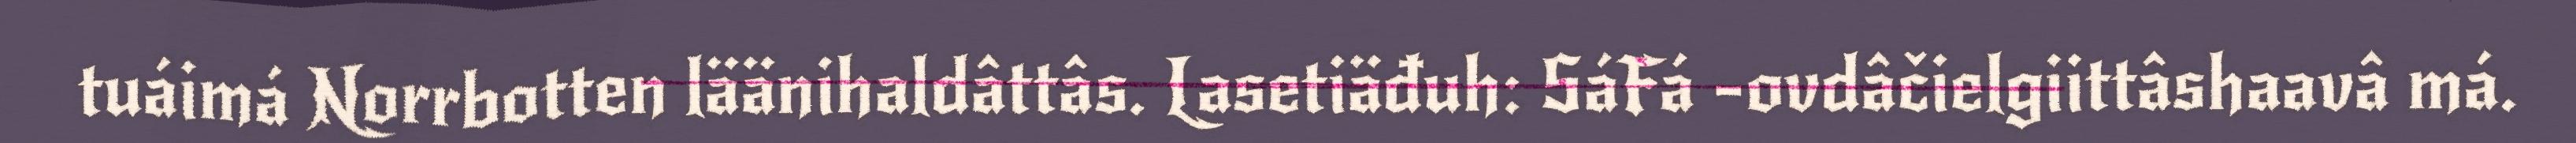
tuáimá Norrbotten läänihaldâttâs. Lasetiäđuh: SáFá -ovdâčielgiittâshaavâ má.